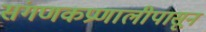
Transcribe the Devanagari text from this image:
संगणकप्रणालीपासून